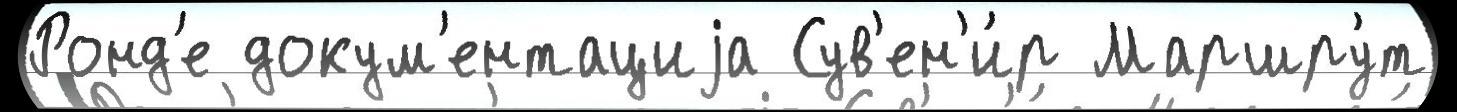
Ронд'е докум'ентациjа Сув'ен'и́р Маршру́т